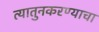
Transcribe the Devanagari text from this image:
त्यातुनकरण्याचा